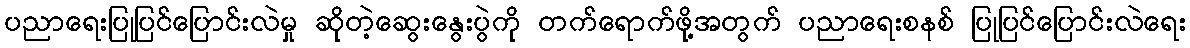
ပညာရေးပြုပြင်ပြောင်းလဲမှု ဆိုတဲ့ဆွေးနွေးပွဲကို တက်ရောက်ဖို့အတွက် ပညာရေးစနစ် ပြုပြင်ပြောင်းလဲရေး